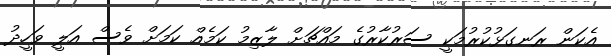
އެކަން ރަނގަޅުކުރުމަކީ ސަރުކާރުގެ މައްޗަށް ލާޒިމު ކަމެއް ކަމަށް ވެސް އަލީ ވަހީދު